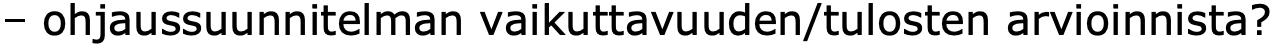
– ohjaussuunnitelman vaikuttavuuden/tulosten arvioinnista?